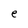
Character: e